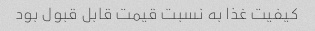
کیفیت غذا به نسبت قیمت قابل قبول بود